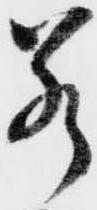
若